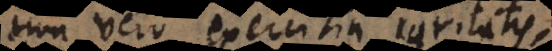
on vero exercitia caritatis,